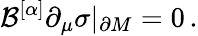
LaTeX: {\cal B}^{[\alpha]}\partial_{\mu}\sigma|_{\partial M}=0\, .